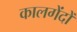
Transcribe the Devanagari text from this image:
कालगेंदों